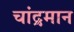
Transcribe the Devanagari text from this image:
चांद्रमान